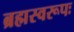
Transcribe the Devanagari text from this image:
ब्रह्मस्वरूपः